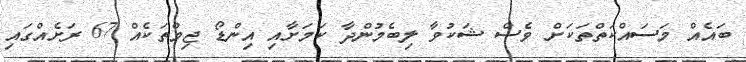
ބައެއް މަސައްކަތްތަކަށް ވެސް ޝަކުވާ ލިބެމުންދާ ކަމަށާއި އިންޑޯ ޖިމްތަކެއް 67 ރަށެއްގައި